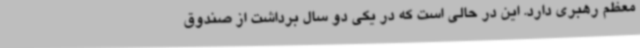
معظم رهبری دارد. این در حالی است که در یکی دو سال برداشت از صندوق